Report of the Indian Hemp Drugs Commission, 1894-1895 - Volume VI
Year: 1894
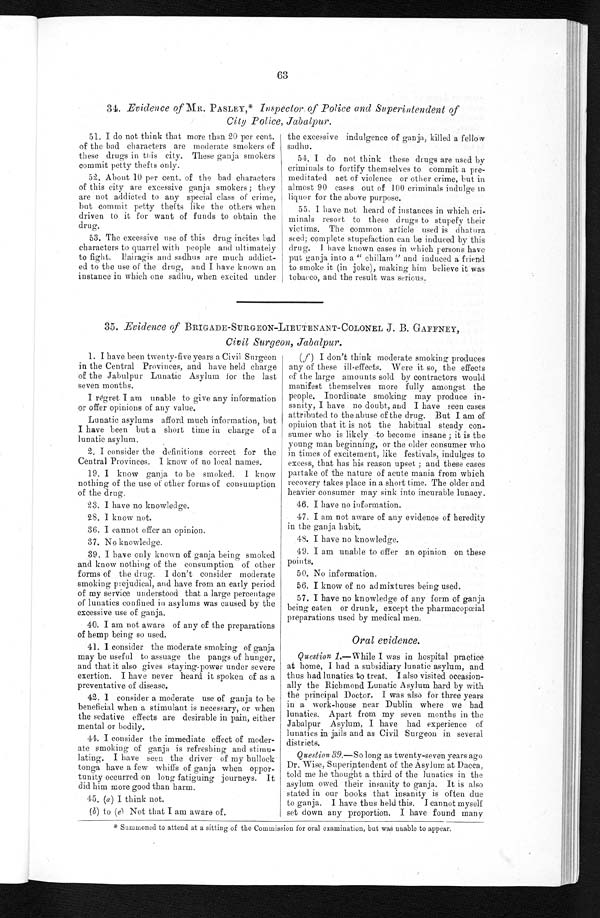
63
34. Evidence of MR. PASLEY,* Inspector of Police and Superintendent of
City Police, Jabalpur.
51. I do not think that more than 20 per cent.
of the bad characters are moderate smokers of
these drugs in this city. These ganja smokers
commit petty thefts only.
52. About 10 per cent, of the bad characters
of this city are excessive ganja smokers ; they
are not addicted to any special class of crime,
but commit petty thefts like the others when
driven to it for want of funds to obtain the
drug.
53. The excessive use of this drug incites bad
characters to quarrel with people and ultimately
to fight. Bairagis and sadhns are much addict-
ed to the use of the drug, and I have known an
instance in which one sadhu, when excited under
the excessive indulgence of ganja, killed a fellow
sadhu.
51. I do not think these drugs are used by
criminals to fortify themselves to commit a pre
-meditated act of violence or other crime, but in
almost 90 cases out of 100 criminals indulge in
liquor for the above purpose.
55. I have not heard of instances in which cri-
minals resort to these drugs to stupefy their
victims. The common article used is dhatura
seed; complete stupefaction can be induced by this
drug. 1 have known cases in which persons have
put ganja into a " chillam " and induced a friend
to smoke it (in joke), making him believe it was
tobacco, and the result was serious.
35. Evidence of BRIGADE-SURGEON–LIEUTENANT-COLONEL J . B. GAFFNEY,
Civil Surgeon, Jabalpur.
1. I have been twenty-five years a Civil Surgeon
in the Central Provinces, and have held charge
of the Jabulpur Lunatic Asylum for the last
seven months.
I regret I am unable to give any information
or offer opinions of any value.
Lunatic asylums afford much information, but
I have been but a short time in charge of a
lunatic asylum.
2. I consider the definitions correct for the
Central Provinces. I know of no local names.
19. I know ganja to be smoked. I know
nothing of the use of other forms of consumption
of the drug.
23. I have no knowledge.
28. I know not.
36. I cannot offer an opinion.
37. No knowledge.
39, I have only known of ganja being smoked
and know nothing of the consumption of other
forms of the drug. I don't consider moderate
smoking prejudical, and have from an early period
o f m y s e r v i c e u n d e r s t o o d t h a t a l a r g e P e r c e n t a g e o f l u n a t i c s c o n f i n e d i n a s y l u m s w a s c a u s e d b y t h e
excessive use of ganja.
40. I am not aware of any of the preparations
of hemp being so used.
41. I consider the moderate smoking of ganja
may be useful to assuage the pangs of hunger,
and that it also gives staying-power under severe
exertion. I have never heard it spoken of as a
preventative of disease.
42. I consider a moderate use of ganja to be
beneficial when a stimulant is necessary, or when
the sedative effects are desirable in pain, either
mental or bodily.
41. I consider the immediate effect of moder-
ate smoking of ganja is refreshing and stimu-
lating. I have seen the driver of my bullock
tonga have a few whiffs of ganja when oppor-
tunity occurred on long fatiguing journeys. It
did him more good than harm.
45. (a) I think not.
(6) to (e) Not that I am aware of.
(f) I don't think moderate smoking produces
any of these ill-effects. Were it so, the effects
of the large amounts sold by contractors would
manifest themselves more fully amongst the
people. Inordinate smoking may produce in-
sanity, I have no doubt, and I have seen cases
attributed to the abuse of the drug. But I am of
opinion that it is not the habitual steady con-
sumer who is likely to become insane ; it is the
young man beginning, or the older consumer who
in times of excitement, like festivals, indulges to
excess, that has his reason upset ; and these cases
partake of the nature of acute mania from which
recovery takes place in a short time. The older and
heavier consumer may sink into incurable lunacy.
4 6 . I h a v e n o i n f o r m a t i o n .
47. I am not aware of any evidence of heredity
in the ganja habit,
4S. I have no knowledge.
49. I am unable to offer an opinion on these
points.
50. No information.
56. I know of no admixtures being used.
57. I have no knowledge of any form of ganja
being eaten or drunk, except the pharmacopœial
preparations used by medical men.
Oral evidence.
Question 1.—While I was in hospital practice
at home, I had a subsidiary lunatic asylum, and
thus had lunatics to treat. I also visited occasion-
ally the Richmond Lunatic Asylum hard by with
the principal Doctor. I was also for three years
in a work-house near Dublin where we had
lunatics. Apart from my seven months in the
Jabalpur Asylum, I have had experience of
lunatics in jails and as Civil Surgeon in several
districts.
Question. 39.—So long as twenty-seven years ago
Dr. Wise, Superintendent of the Asylum at Dacca,
told me he thought a third of the lunatics in the
asylum owed their insanity to ganja. It is also
stated in our books that insanity is often due
to ganja. I have thus held this. I cannot myself
set down any proportion. I have found many
* Summoned to attend at a sitting of the Commission for oral examination, but was unable to appear.